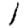
Digit: 1